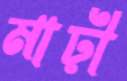
মাঢ়ী